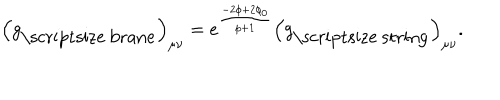
\left( g _ { \mathrm { \scriptsize ~ b r a n e } } \right) _ { \mu \nu } = e ^ { \frac { - 2 \phi + 2 \phi _ { 0 } } { p + 1 } } \left( g _ { \mathrm { \scriptsize ~ s t r i n g } } \right) _ { \mu \nu } .